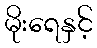
မိုးရေနှင့်